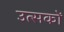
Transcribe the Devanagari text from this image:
उत्सकों